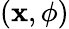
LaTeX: (\mathbf{x},\phi)